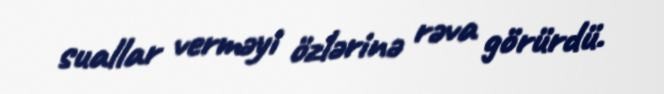
suallar verməyi özlərinə rəva görürdü.